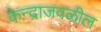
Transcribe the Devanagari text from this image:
केन्द्राजवळील